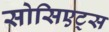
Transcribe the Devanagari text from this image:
सोसिएट्स